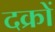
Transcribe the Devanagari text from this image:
दक्रों